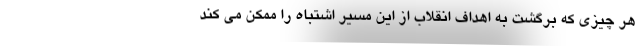
هر چیزی که برگشت به اهداف انقلاب از این مسیر اشتباه را ممکن می کند